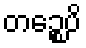
တဉ္စေပိ